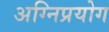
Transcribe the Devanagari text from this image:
अग्निप्रयोग